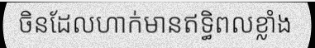
ចិនដែលហាក់មានឥទ្ធិពលខ្លាំង